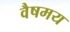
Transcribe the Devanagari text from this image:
वैषमय